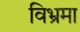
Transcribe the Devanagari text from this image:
विभ्रमा